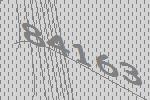
84163